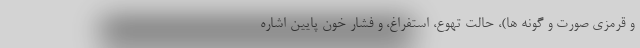
و قرمزی صورت و گونه ها)، حالت تهوع، استفراغ، و فشار خون پایین اشاره